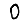
Digit: 0